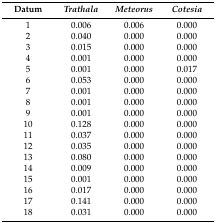
<table><thead><tr><td><b>Datum</b></td><td><b><i>Trathala</i></b></td><td><b><i>Meteorus</i></b></td><td><b><i>Cotesia</i></b></td></tr></thead><tbody><tr><td>1</td><td>0.006</td><td>0.006</td><td>0.000</td></tr><tr><td>2</td><td>0.040</td><td>0.000</td><td>0.000</td></tr><tr><td>3</td><td>0.015</td><td>0.000</td><td>0.000</td></tr><tr><td>4</td><td>0.001</td><td>0.000</td><td>0.000</td></tr><tr><td>5</td><td>0.001</td><td>0.000</td><td>0.017</td></tr><tr><td>6</td><td>0.053</td><td>0.000</td><td>0.000</td></tr><tr><td>7</td><td>0.001</td><td>0.000</td><td>0.000</td></tr><tr><td>8</td><td>0.001</td><td>0.000</td><td>0.000</td></tr><tr><td>9</td><td>0.001</td><td>0.000</td><td>0.000</td></tr><tr><td>10</td><td>0.128</td><td>0.000</td><td>0.000</td></tr><tr><td>11</td><td>0.037</td><td>0.000</td><td>0.000</td></tr><tr><td>12</td><td>0.035</td><td>0.000</td><td>0.000</td></tr><tr><td>13</td><td>0.080</td><td>0.000</td><td>0.000</td></tr><tr><td>14</td><td>0.009</td><td>0.000</td><td>0.000</td></tr><tr><td>15</td><td>0.001</td><td>0.000</td><td>0.000</td></tr><tr><td>16</td><td>0.017</td><td>0.000</td><td>0.000</td></tr><tr><td>17</td><td>0.141</td><td>0.000</td><td>0.000</td></tr><tr><td>18</td><td>0.031</td><td>0.000</td><td>0.000</td></tr></tbody></table>